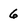
Character: 6